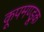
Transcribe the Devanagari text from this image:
कूपमण्डूक